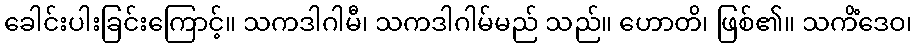
ခေါင်းပါးခြင်းကြောင့်။ သကဒါဂါမီ၊ သကဒါဂါမ်မည် သည်။ ဟောတိ၊ ဖြစ်၏။ သကိံဒေဝ၊